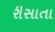
રીસાતા